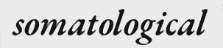
somatological